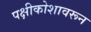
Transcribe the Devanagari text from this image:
पक्षीकोशावरून